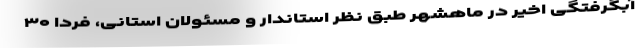
آبگرفتگی اخیر در ماهشهر طبق نظر استاندار و مسئولان استانی، فردا ۳۰